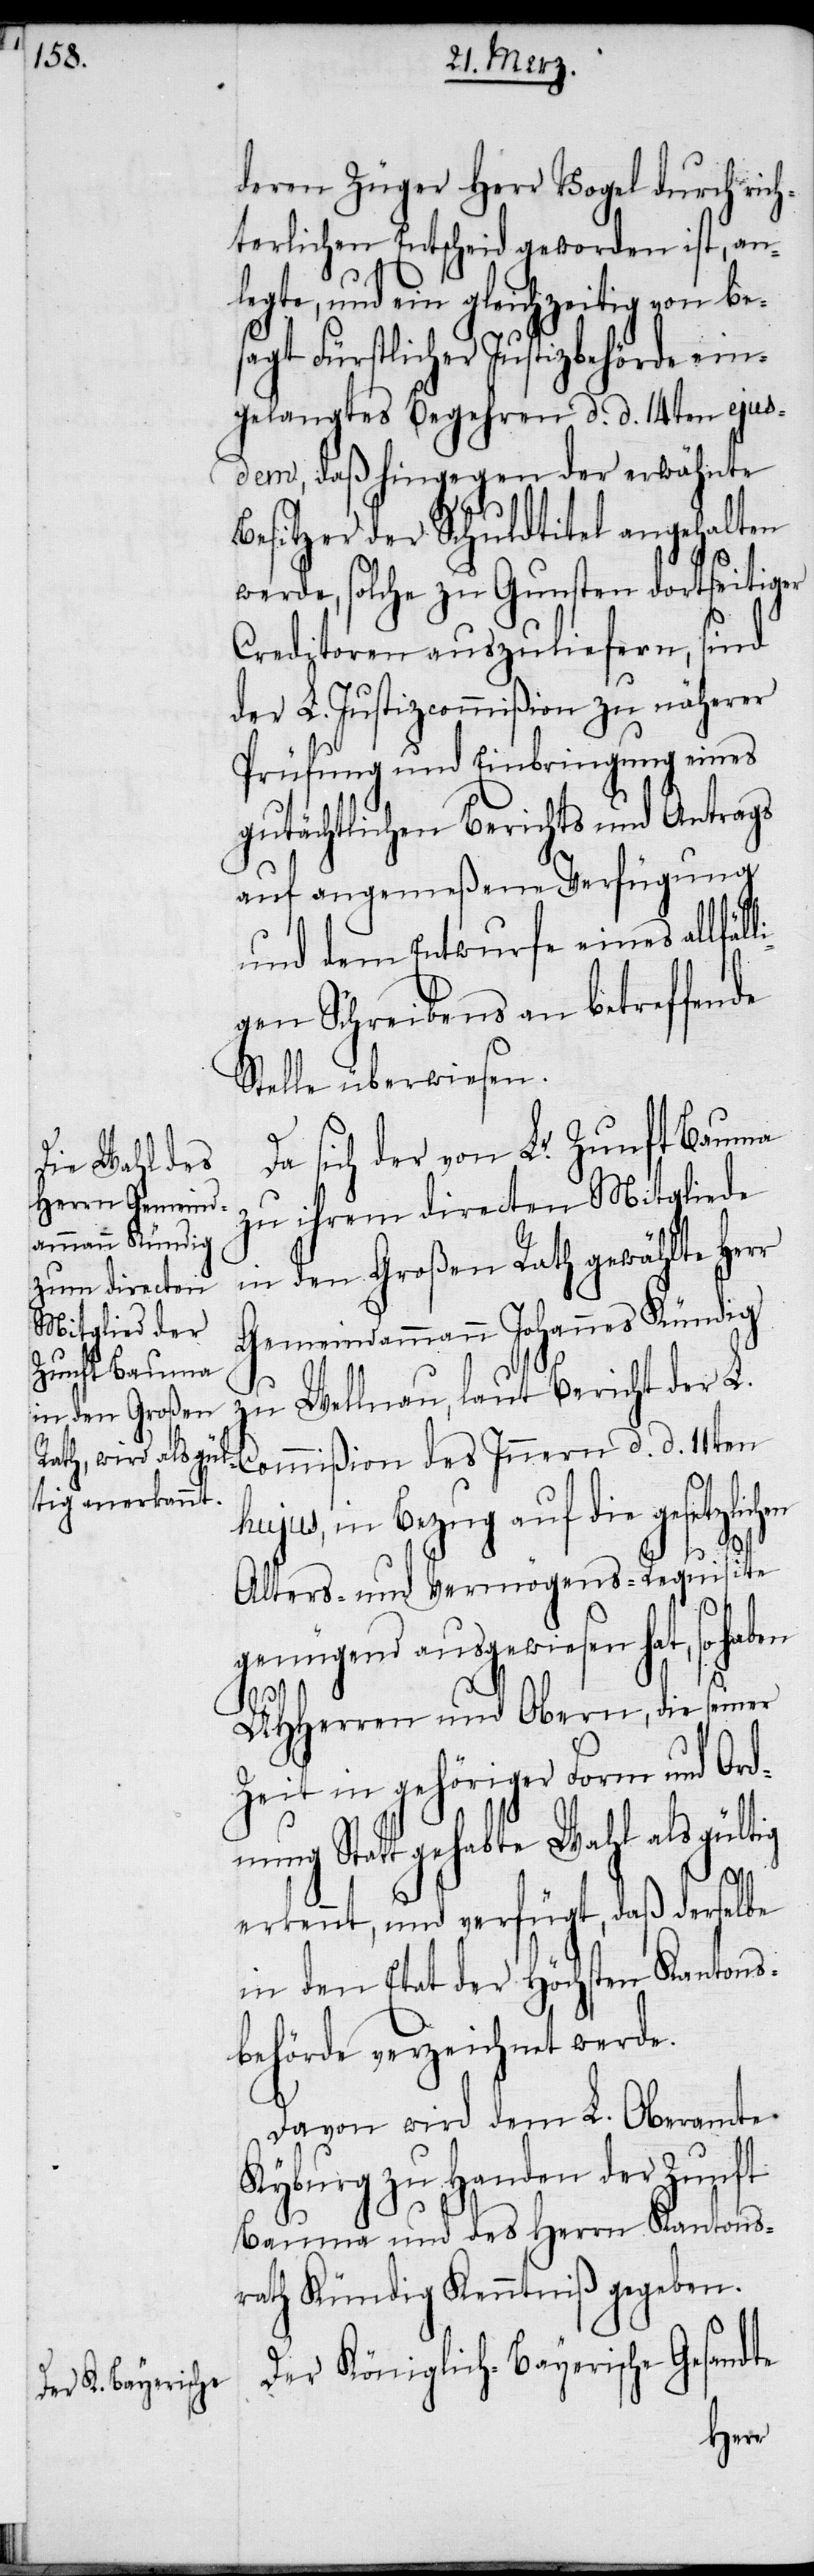
deren Züger Herr Vogel durch rich¬
terlichen Entscheid geworden ist, an¬
legte, und ein gleichzeitig von be¬
sagt Fürstlicher Justizbehörde ein¬
gelangtes Begehren d. d. 14ten ejus¬
dem, daß hingegen der erwähnte
Besitzer der Schuldtitel angehalten
werde, solche zu Gunsten dortseitiger
Creditoren auszuliefern, sind
der L. Justizcommißion zu näherer
Prüfung und Einbringung eines
gutächtlichen Berichts und Antrags
auf angemeßene Verfügung
und dem Entwurfe eines allfäll¬
igen Schreibens an betreffende
Stelle überwiesen.
sich der von L.r Zunft Bauma
zu ihrem directen Mitgliede
in den Großen Rath gewählte Herr
Gemeindammann Johannes kündig
zu Wellnau, laut Bericht der L.
ujus, in Bezug auf die gesetzli¬
Alters- und Vermögens-Requisite
genügend ausgewiesen hat, so haben
UHHerren und Obern, die seiner
Zeit in gehöriger Form und Ordn¬
ung Statt gehabte Wahl als
erkennt, und verfügt, daß derselbe
in den Etat der Höchsten Kantons¬
behörde verzeichnet werde.
Davon wird dem L. Oberamte
Kyburg zu Handen der Zunft
Bauma und des Herrn Kantons¬
rath Kündig Kenntniß gegeben.
Der Königlich-Bayerische Gesandte
chen